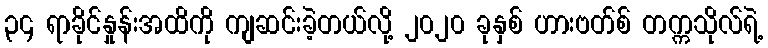
၃၄ ရာခိုင်နှုန်းအထိကို ကျဆင်းခဲ့တယ်လို့ ၂၀၂၀ ခုနှစ် ဟားဗတ်စ် တက္ကသိုလ်ရဲ့